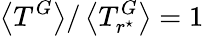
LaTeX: \left<T^{G}\right>/\left<T_{r^{\star}}^{G}\right>=1